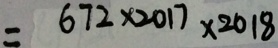
= 6 7 2 \times 2 0 1 7 \times 2 0 1 8